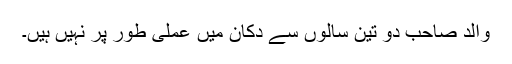
والد صاحب دو تین سالوں سے دکان میں عملی طور پر نہیں ہیں۔